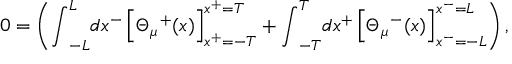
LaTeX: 0 = \left( { \int } _ { - L } ^ { L } d x ^ { - } \left[ { \Theta } _ { \mu } ^ { \; \; + } ( x ) \right] _ { x ^ { + } = - T } ^ { x ^ { + } = T } + { \int } _ { - T } ^ { T } d x ^ { + } \left[ { \Theta } _ { \mu } ^ { \; \; - } ( x ) \right] _ { x ^ { - } = - L } ^ { x ^ { - } = L } \right) ,